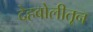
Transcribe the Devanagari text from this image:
देहबोलीतून